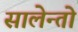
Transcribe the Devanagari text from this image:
सालेन्तो